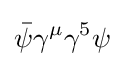
{\bar {\psi }}\gamma ^{\mu }\gamma ^{5}\psi